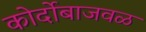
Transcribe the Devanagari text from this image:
कोर्दोबाजवळ